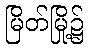
မြိတ်မြို့၌